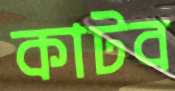
কাটব